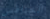
الخنافس